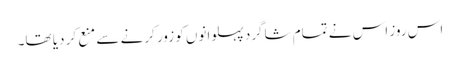
اس روز اس نے تمام شاگرد پہلوانوں کو زور کرنے سے منع کر دیا تھا۔